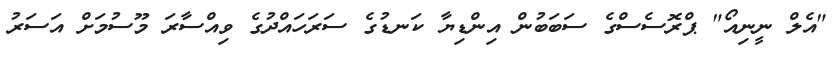
"އެލް ނީނިއޯ" ޕްރޮސެސްގެ ސަބަބުން އިންޑިޔާ ކަނޑުގެ ސަރަހައްދުގެ ވިއްސާރަ މޫސުމަށް އަސަރު